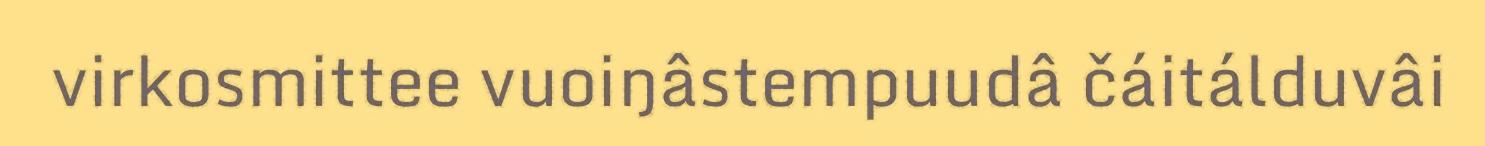
virkosmittee vuoiŋâstempuudâ čáitálduvâi